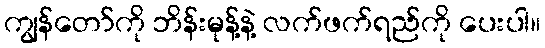
ကျွန်တော်ကို ဘိန်းမုန့်နဲ့ လက်ဖက်ရည်ကို ပေးပါ။